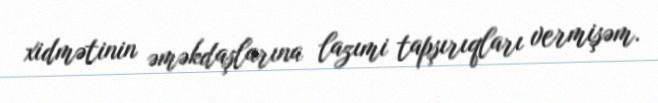
xidmətinin əməkdaşlarına lazımi tapşırıqları vermişəm.